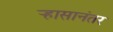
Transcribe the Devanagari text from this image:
र्‍हासानंतर